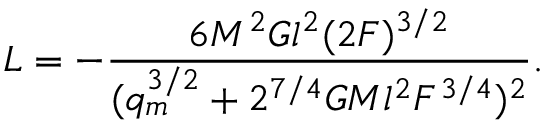
{ \cal L } = - \frac { 6 M ^ { 2 } G l ^ { 2 } ( 2 { \cal F } ) ^ { 3 / 2 } } { ( q _ { m } ^ { 3 / 2 } + 2 ^ { 7 / 4 } G M l ^ { 2 } { \cal F } ^ { 3 / 4 } ) ^ { 2 } } .